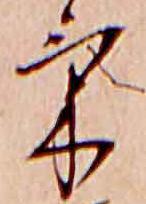
け